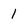
Character: 1